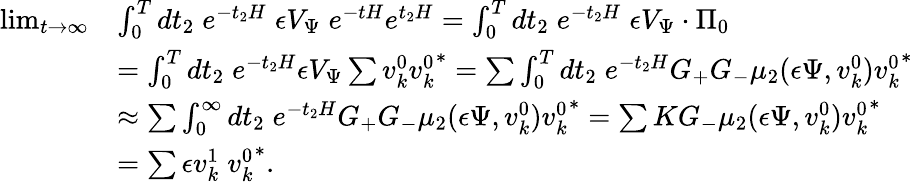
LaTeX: \begin{array}{rl}{\operatorname*{lim}_{t\to\infty}}&{\int_{0}^{T}dt_{2}\; e^{-t_{2}H}\; {\epsilon}V_{\Psi}\; e^{-tH}e^{t_{2}H}=\int_{0}^{T}dt_{2}\; e^{-t_{2}H}\; {\epsilon}V_{\Psi}\cdot\Pi_{0}}\\ &{=\int_{0}^{T}dt_{2}\; e^{-t_{2}H}{\epsilon}V_{\Psi}\sum v_{k}^{0}{v_{k}^{0}}^{\ast}=\sum\int_{0}^{T}dt_{2}\; e^{-t_{2}H}G_{+}G_{-}\mu_{2}({\epsilon}\Psi,v_{k}^{0}){v_{k}^{0}}^{\ast}}\\ &{\approx\sum\int_{0}^{\infty}dt_{2}\; e^{-t_{2}H}G_{+}G_{-}\mu_{2}({\epsilon}\Psi,v_{k}^{0}){v_{k}^{0}}^{\ast}=\sum KG_{-}\mu_{2}({\epsilon}\Psi,v_{k}^{0}){v_{k}^{0}}^{\ast}}\\ &{=\sum{\epsilon}v_{k}^{1}\; {v_{k}^{0}}^{\ast}.}\end{array}